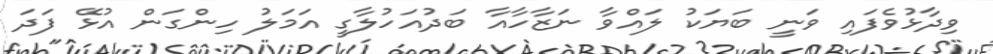
ވިދާޅުވެފައި ވަނީ ބަޔަކު ލައްވާ ނަޒާހާއާ ބަދުއަހުލާގީ އަމަލު ހިންގަން އުޅޭ ފަދަ